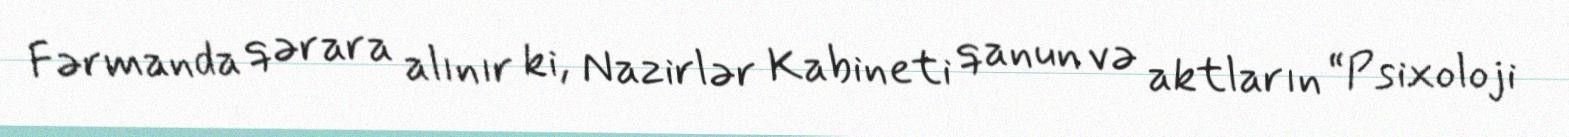
Fərmanda qərara alınır ki, Nazirlər Kabineti qanun və aktların “Psixoloji